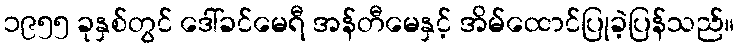
၁၉၅၅ ခုနှစ်တွင် ဒေါ်ခင်မေရီ အန်တီမေနှင့် အိမ်ထောင်ပြုခဲ့ပြန်သည်။